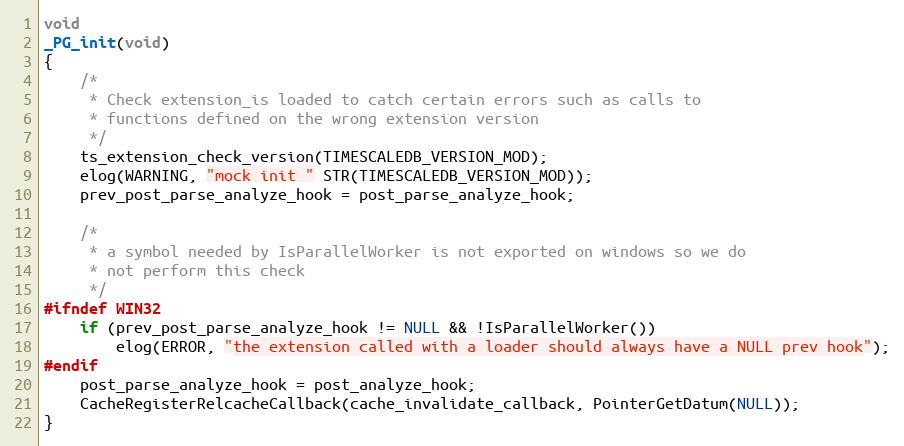
Language: C
void
_PG_init(void)
{
	/*
	 * Check extension_is loaded to catch certain errors such as calls to
	 * functions defined on the wrong extension version
	 */
	ts_extension_check_version(TIMESCALEDB_VERSION_MOD);
	elog(WARNING, "mock init " STR(TIMESCALEDB_VERSION_MOD));
	prev_post_parse_analyze_hook = post_parse_analyze_hook;

	/*
	 * a symbol needed by IsParallelWorker is not exported on windows so we do
	 * not perform this check
	 */
#ifndef WIN32
	if (prev_post_parse_analyze_hook != NULL && !IsParallelWorker())
		elog(ERROR, "the extension called with a loader should always have a NULL prev hook");
#endif
	post_parse_analyze_hook = post_analyze_hook;
	CacheRegisterRelcacheCallback(cache_invalidate_callback, PointerGetDatum(NULL));
}